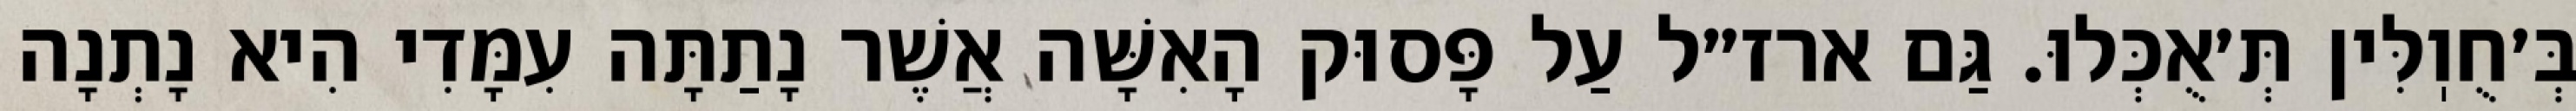
בְּ׳חֻוֽלִּין תְּ׳אֻכְּלוּ. גַּם ארז״ל עַל פָּסוּק הָאִשָּׁה אֲשֶׁר נָתַתָּה עִמָּדִי הִיא נָתְנָה